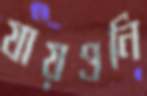
যায়ওনি